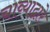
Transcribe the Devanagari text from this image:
चाव्याद्वारे